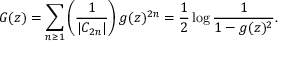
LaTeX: G ( z ) = \sum _ { n \geq 1 } \left( { \frac { 1 } { | C _ { 2 n } | } } \right) g ( z ) ^ { 2 n } = { \frac { 1 } { 2 } } \log { \frac { 1 } { 1 - g ( z ) ^ { 2 } } } .